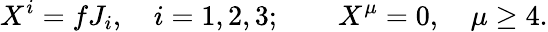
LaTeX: X^{i}=fJ_{i},\quad i=1,2,3;\quad\quad X^{\mu}=0,\quad\mu\geq 4.